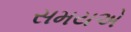
સમયએ